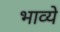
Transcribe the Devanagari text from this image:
भाव्ये